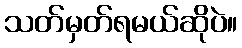
သတ်မှတ်ရမယ်ဆိုပဲ။